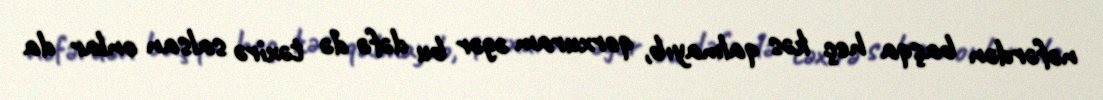
nəfərdən başqa heç kəs qalmayıb, qorxuram əgər bu dəfə də təxirə salsan onlar da